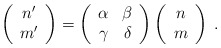
\begin{align*}\left(\begin{array}{c}n^{\prime} \\m^{\prime} \\\end{array}\right)=\left(\begin{array}{cc}\alpha & \beta \\\gamma & \delta \\\end{array}\right)\left(\begin{array}{c}n \\m \\\end{array}\right)\; .\end{align*}